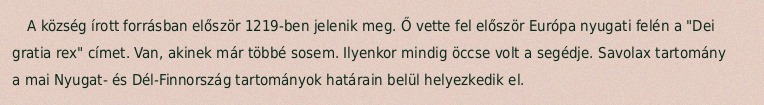
A község írott forrásban először 1219-ben jelenik meg. Ő vette fel először Európa nyugati felén a "Dei gratia rex" címet. Van, akinek már többé sosem. Ilyenkor mindig öccse volt a segédje. Savolax tartomány a mai Nyugat- és Dél-Finnország tartományok határain belül helyezkedik el.